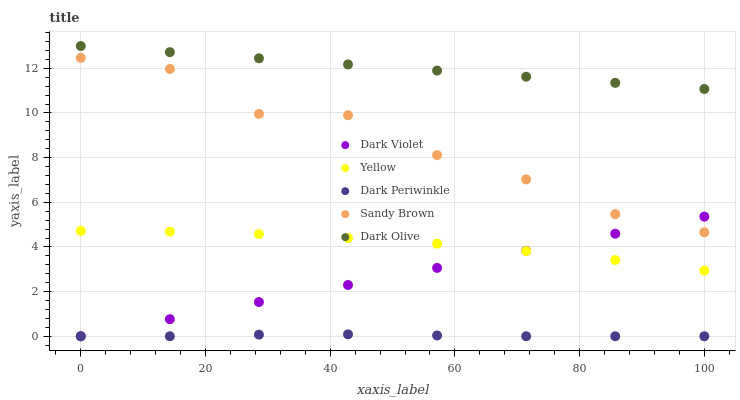
| xaxis_label | Dark Violet | Yellow | Dark Periwinkle | Sandy Brown | Dark Olive |
 | --- | --- | --- | --- | --- | --- |
 | 0 | 0 | 4.72 | 0 | 12.5 | 13 |
 | 14.3 | 0.766 | 4.69 | 0 | 12 | 12.7 |
 | 28.6 | 1.53 | 4.58 | 0.072 | 9.96 | 12.4 |
 | 42.9 | 2.3 | 4.4 | 0.0864 | 9.9 | 12.2 |
 | 57.1 | 3.06 | 4.14 | 0.0341 | 8.12 | 11.9 |
 | 71.4 | 3.83 | 3.82 | 0 | 7.03 | 11.6 |
 | 85.7 | 4.59 | 3.42 | 0 | 5.47 | 11.3 |
 | 100 | 5.36 | 2.94 | 0 | 4.66 | 11.1 |